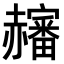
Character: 𧺀